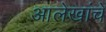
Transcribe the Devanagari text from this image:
आलेखांचे